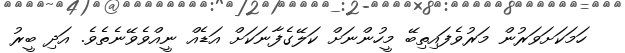
ހަމަކަށަވަރުން މަރުވެފައިތިބޭ މީހުންނަށް ކަލޭގެފާނަކަށް އަޑެއް ނީއްވެވޭނެތެވެ. އަދި ބީރު